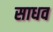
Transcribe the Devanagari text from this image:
साधव